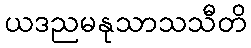
ယဒညမနုသာသသီတိ